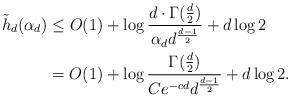
LaTeX: \begin{align*}\tilde h_d(\alpha_d) &\leq O(1) + \log\frac{d\cdot \Gamma(\frac{d}{2})}{\alpha_dd^{\frac{d-1}{2}}} + d\log 2 \\&= O(1) + \log\frac{\Gamma(\frac{d}{2})}{Ce^{-cd}d^{\frac{d-1}{2}}} + d\log 2.\end{align*}